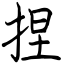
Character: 捏